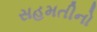
સહમતીનો